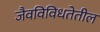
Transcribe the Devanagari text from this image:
जैवविविधतेतील